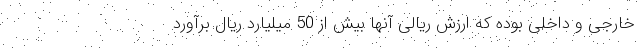
خارجی و داخلی بوده که ارزش ریالی آنها بیش از 50 میلیارد ریال برآورد